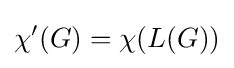
\chi '(G)=\chi (L(G))